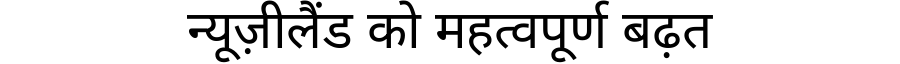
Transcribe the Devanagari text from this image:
न्यूज़ीलैंड को महत्वपूर्ण बढ़त